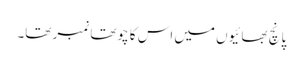
پانچ بھائیوں میں اس کا چوتھا نمبر تھا۔